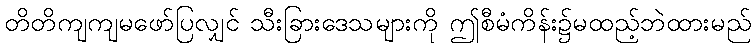
တိတိကျကျမဖော်ပြလျှင် သီးခြားဒေသများကို ဤစီမံကိန်း၌မထည့်ဘဲထားမည်